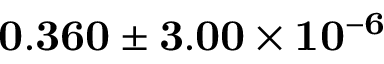
\mathbf { 0 . 3 6 0 \pm 3 . 0 0 \times 1 0 ^ { - 6 } }